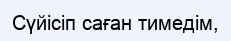
Сүйісіп саған тимедім,